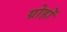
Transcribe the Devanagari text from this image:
ग्रोहों